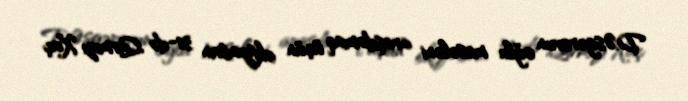
D.Əsgərovun oğlu məsələni araşdırmaq üçün oktyabrın 31-də Qırmızı Xaç